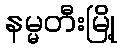
နမ္မတီးမြို့